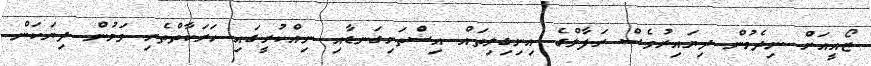
ޒޯއީއަށް ނިދެމުން ދިޔައިރުވެސް ރަފާލްގެ އިނިގިލިތައް އިސްތަށިގަނޑާއި ނިއްކުރީގައި ހަރަކާތްތެރި ވަމުން ދިޔަކަން